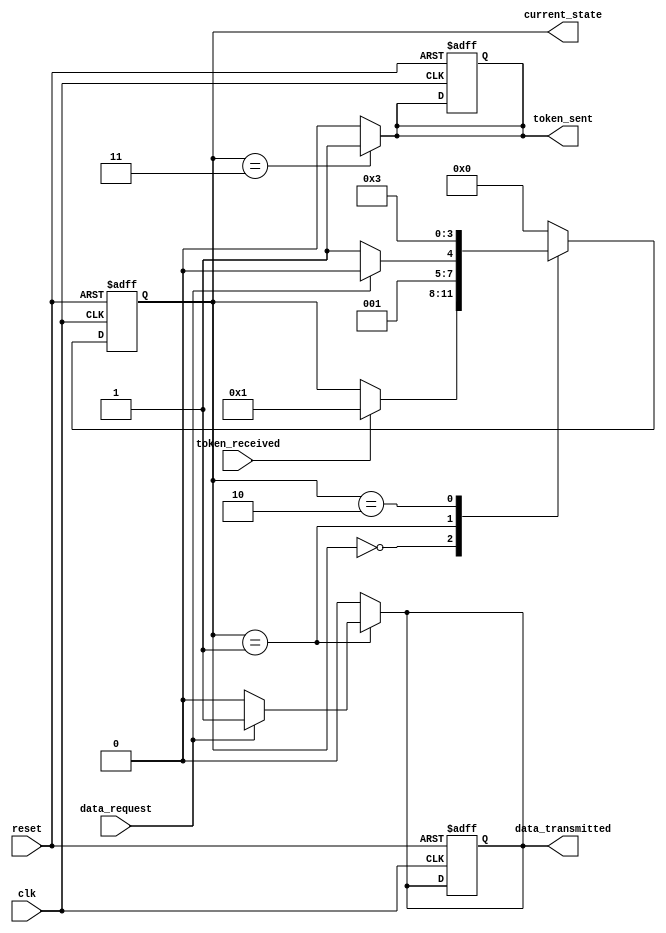
module token_ring_synchronizer (
    input wire clk,                     // System clock
    input wire reset,                   // Reset signal
    input wire token_received,          // Signal indicating token is received
    input wire data_request,            // Signal indicating data to send
    output reg token_sent,              // Signal indicating token is sent
    output reg data_transmitted,        // Signal indicating data is transmitted
    output reg [3:0] current_state      // Current state of FSM
);

    // State encoding
    parameter IDLE              = 4'b0000;
    parameter TOKEN_PRESENT     = 4'b0001;
    parameter DATA_TRANSMISSION = 4'b0010;
    parameter TOKEN_PASS        = 4'b0011;

    // State declarations
    reg [3:0] next_state;

    // FSM state transition
    always @(posedge clk or posedge reset) begin
        if (reset) begin
            current_state <= IDLE;
            token_sent <= 0;
            data_transmitted <= 0;
        end else begin
            current_state <= next_state;
        end
    end

    // Next state logic
    always @(*) begin
        // Default values
        next_state = current_state;
        token_sent = 0;
        data_transmitted = 0;

        case (current_state)
            IDLE: begin
                if (token_received) begin
                    next_state = TOKEN_PRESENT;
                end
            end

            TOKEN_PRESENT: begin
                if (data_request) begin
                    next_state = DATA_TRANSMISSION;
                    data_transmitted = 1; // Indicate data is being transmitted
                end else begin
                    next_state = TOKEN_PASS;
                end
            end

            DATA_TRANSMISSION: begin
                next_state = TOKEN_PASS; // After data transmission, pass the token
            end

            TOKEN_PASS: begin
                token_sent = 1; // Indicate token is being sent to the next node
                next_state = IDLE; // Transition back to IDLE
            end

            default: next_state = IDLE; // Default to IDLE state
        endcase
    end

endmodule